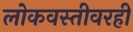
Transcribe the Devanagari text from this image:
लोकवस्तीवरही